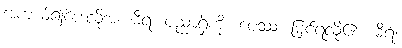
အကယ်၍ပေးလိုအံ့။ ဓီရံ၊ ပညာရှိကို။ ပေဿ၊ မြင်ရလို၏။ ဓီရံ၊